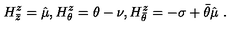
H _ { \bar { z } } ^ { z } = \hat { \mu } , H _ { \theta } ^ { z } = \theta - \nu , H _ { \bar { \theta } } ^ { z } = - \sigma + \bar { \theta } \hat { \mu } \ .